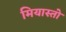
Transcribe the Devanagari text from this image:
मियास्तो